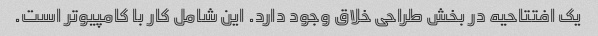
یک افتتاحیه در بخش طراحی خلاق وجود دارد. این شامل کار با کامپیوتر است.